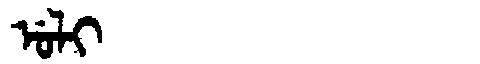
Manchu: ᡠᠯᡳ
Romanization: ULI